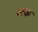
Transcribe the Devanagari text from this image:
अक्त